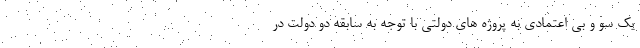
یک سو و بی اعتمادی به پروژه های دولتی با توجه به سابقه دو دولت در